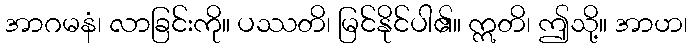
အာဂမနံ၊ လာခြင်းကို။ ပဿတိ၊ မြင်နိုင်ပါ၏။ ဣတိ၊ ဤသို့။ အာဟ၊